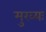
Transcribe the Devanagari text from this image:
मुख्यः